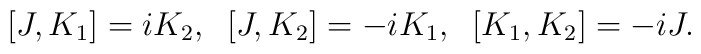
[J, K_1]= i K_2,\;\;[J, K_2]= -i K_1,\;\;[K_1, K_2]= -i J.